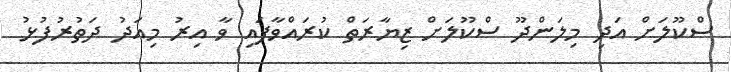
ސްކޫލަށް އަދި މިލަންދޫ ސްކޫލަށް ޒިޔާރަތް ކުރައްވާފައި ވާ އިރު މިއަދު ދަތުރުފުޅު